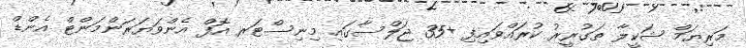
މަރިޔަމް ޝަކީލާ ތަގުރީރު ކުރައްވައިފި +35 ޖަލްސާގައި މިނިސްޓަރ އޮފް އެންވަޔަރަންމަންޓް އެންޑް